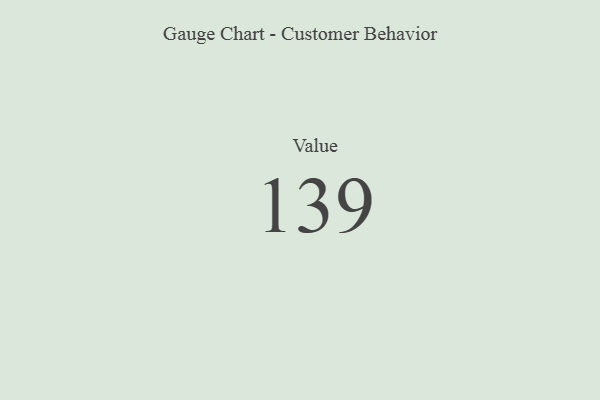
{"axis": {"x": "Metric", "y": "Value"}, "legend": [""], "data": [{"x": "Value", "y": 139, "type": ""}]}